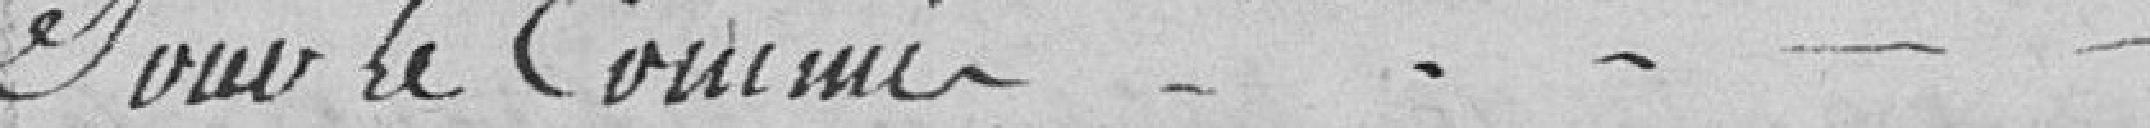
Pour le commis